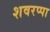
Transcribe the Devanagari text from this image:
शवरप्पा